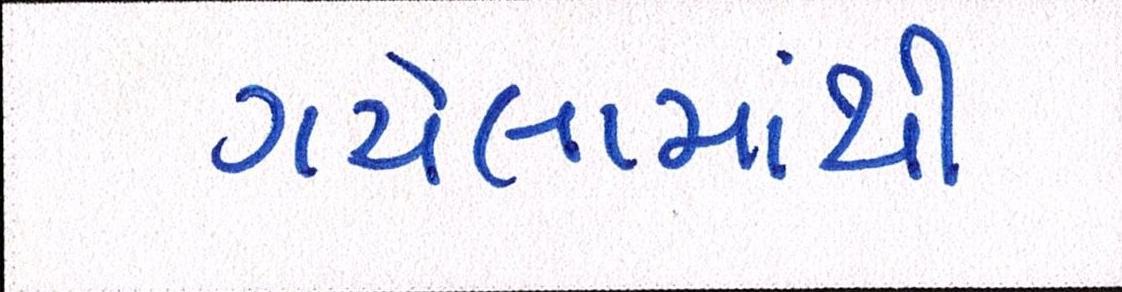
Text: ગયેલામાંથી